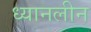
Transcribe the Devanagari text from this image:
ध्यानलीन